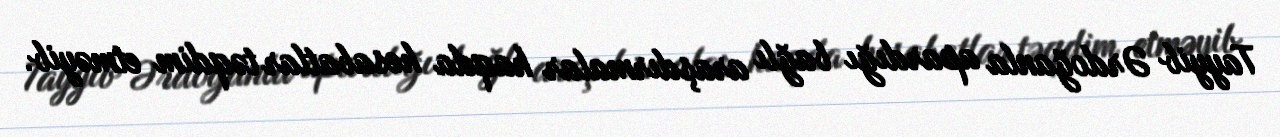
Tayyib Ərdoğanla apardığı bağlı araşdırmalar haqda hesabatlar təqdim etməyib.